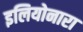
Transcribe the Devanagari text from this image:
इलियोनारा